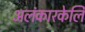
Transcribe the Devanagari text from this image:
अलंकारकेलि